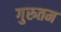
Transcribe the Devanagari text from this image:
गुरुतम